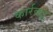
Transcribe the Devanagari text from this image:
कार्रवाइ्र्र